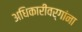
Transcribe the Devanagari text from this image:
अधिकारीवर्गांना